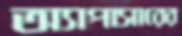
অ্যাপাসারের